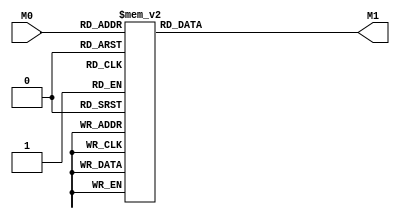
module layer0_N224 ( input [2:0] M0, output [1:0] M1 );

	(*rom_style = "distributed" *) reg [1:0] M1r;
	assign M1 = M1r;
	always @ (M0) begin
		case (M0)
			3'b000: M1r = 2'b10;
			3'b100: M1r = 2'b00;
			3'b010: M1r = 2'b00;
			3'b110: M1r = 2'b00;
			3'b001: M1r = 2'b11;
			3'b101: M1r = 2'b00;
			3'b011: M1r = 2'b11;
			3'b111: M1r = 2'b00;

		endcase
	end
endmodule